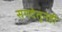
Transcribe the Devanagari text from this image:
सनदेतूनही